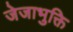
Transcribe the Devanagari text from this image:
जेजाभुक्ति